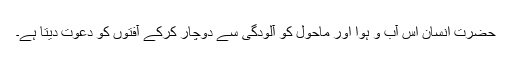
حضرت انسان اس آب و ہوا اور ماحول کو آلودگی سے دوچار کرکے آفتوں کو دعوت دیتا ہے۔